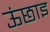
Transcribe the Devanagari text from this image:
ऊंछाइ